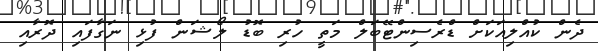
ދެން ކުއްލިއަކަށް ޑްރެސިންޓޭބަލް މަތީ ހުރި ބޮޑު ލޯޝަން ފުޅި ނަގާފައި ދޮރާއި